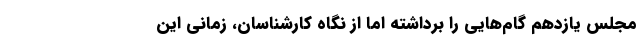
مجلس یازدهم گام‌هایی را برداشته اما از نگاه کارشناسان، زمانی این